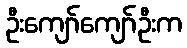
ဦးကျော်ကျော်ဦးက